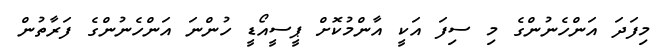
މިފަދަ އަންހެނުންގެ މި ސިފަ އަކީ އާންމުކޮށް ޕީސީއޯޑީ ހުންނަ އަންހެނުންގެ ފަރާތުން